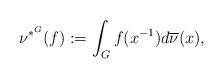
LaTeX: \begin{align*}\nu^{\ast^G}(f):=\int_Gf(x^{-1})d\overline{\nu}(x),\end{align*}